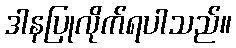
ဒါနပြုလိုက်ရပါသည်။